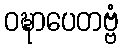
ဝဍ္ဎာပေတဗ္ဗံ